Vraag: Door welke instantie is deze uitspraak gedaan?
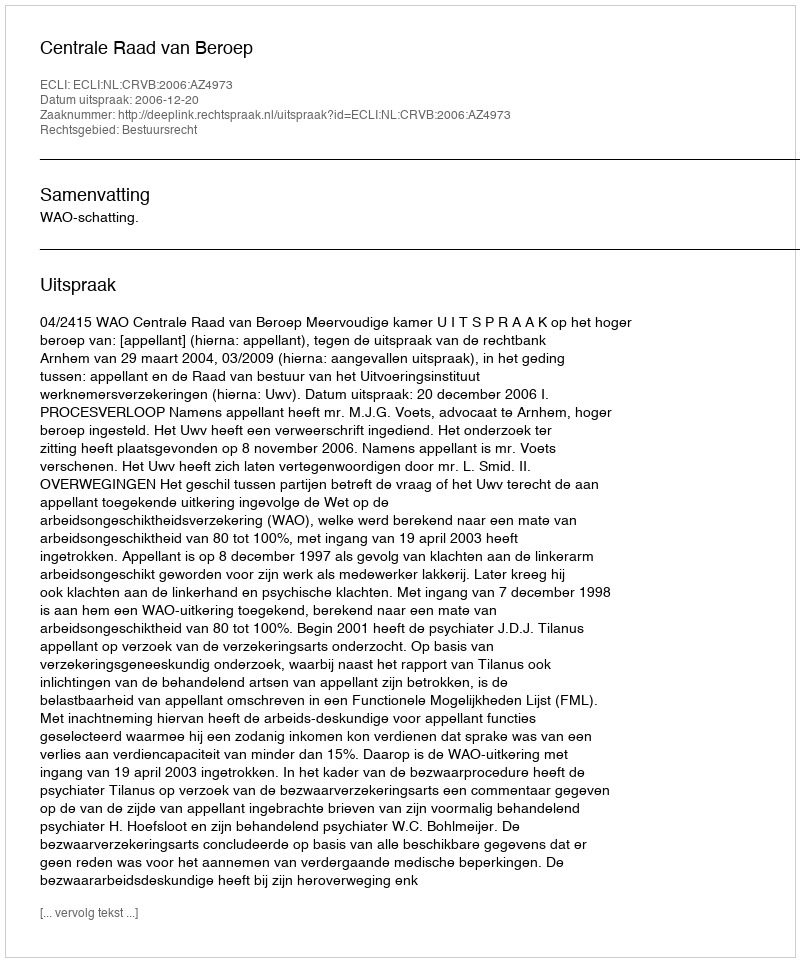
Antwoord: Centrale Raad van Beroep